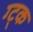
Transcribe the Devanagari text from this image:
ग्ट्क